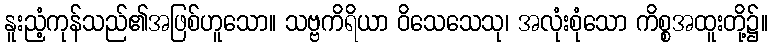
နူးညံ့ကုန်သည်၏အဖြစ်ဟူသော။ သဗ္ဗကိရိယာ ဝိသေသေသု၊ အလုံးစုံသော ကိစ္စအထူးတို့၌။